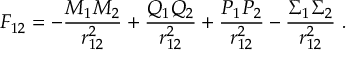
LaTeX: F _ { 1 2 } = - \frac { M _ { 1 } M _ { 2 } } { r _ { 1 2 } ^ { 2 } } + \frac { Q _ { 1 } Q _ { 2 } } { r _ { 1 2 } ^ { 2 } } + \frac { P _ { 1 } P _ { 2 } } { r _ { 1 2 } ^ { 2 } } - \frac { \Sigma _ { 1 } \Sigma _ { 2 } } { r _ { 1 2 } ^ { 2 } } \ .